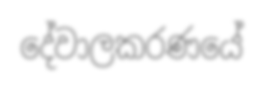
දේවාලකරණයේ